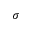
\sigma